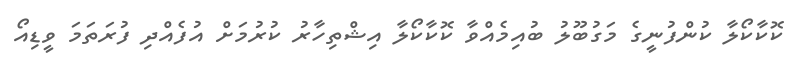
ކޮކާކޯލާ ކުންފުނީގެ މަގުބޫލު ބުއިމެއްވާ ކޮކާކޯލާ އިޝްތިހާރު ކުރުމަށް އުފެއްދި ފުރަތަމަ ވީޑިއޯ